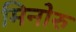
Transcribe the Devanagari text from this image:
मिनोरु